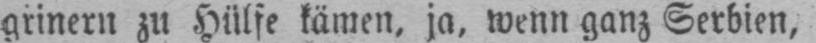
grinern zu Hülfe kämen, ja, wenn ganz Serbien,